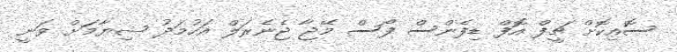
ސޮއިކޮށް ޗީފް އޮފް ޑިފެންސް ފޯސް މޭޖާ ޖެނެރަލް އަހުމަދު ޝިޔާމަށް ވަނީ